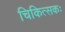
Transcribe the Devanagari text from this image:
चिकित्सकः